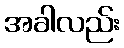
အခါလည်း